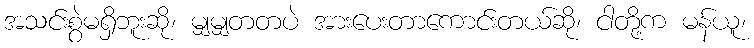
အသင်းစွဲမရှိဘူးဆို၊ မျှမျှတတပဲ အားပေးတာကောင်းတယ်ဆို၊ ငါတို့က မန်ယူ၊